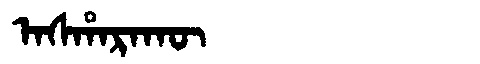
Manchu: ᠠᠰᡥᠠᡵᠠᡴᡡ
Romanization: ASHARAKŪ